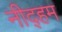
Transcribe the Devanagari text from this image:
नीद्हम